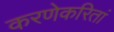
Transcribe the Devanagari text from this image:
करणेकरितां